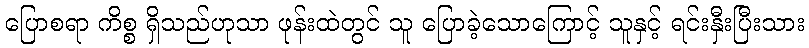
ပြောစရာ ကိစ္စ ရှိသည်ဟုသာ ဖုန်းထဲတွင် သူ ပြောခဲ့သောကြောင့် သူနှင့် ရင်းနှီးပြီးသား